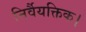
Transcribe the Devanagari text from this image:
निर्वैयक्तिक।